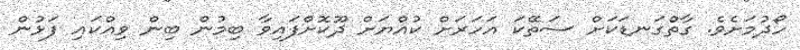
ހޯދުމަށެވެ. ގާތްގަނޑަކަށް ސަތޭކަ އަހަރަށް ކުއްޔަށް ދޫކޮށްފައިވާ ބިމުން ބިން ވިއްކައި ފަޅުން